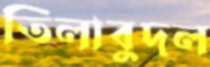
তিলাবুদল